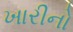
ખારીનો